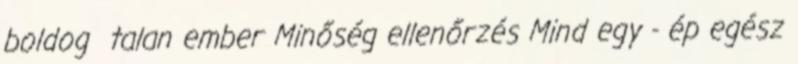
boldog talan ember Minőség ellenőrzés Mind egy - ép egész